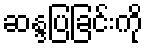
ဆန္ဒပြခြင်းကို